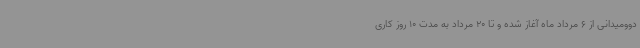
دوومیدانی از 6 مرداد ماه آغاز شده و تا 20 مرداد به مدت 10 روز کاری